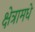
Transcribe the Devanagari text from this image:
क्षेत्रामधे